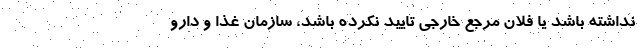
نداشته باشد یا فلان مرجع خارجی تایید نکرده باشد، سازمان غذا و دارو